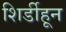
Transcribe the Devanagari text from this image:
शिर्डीहून